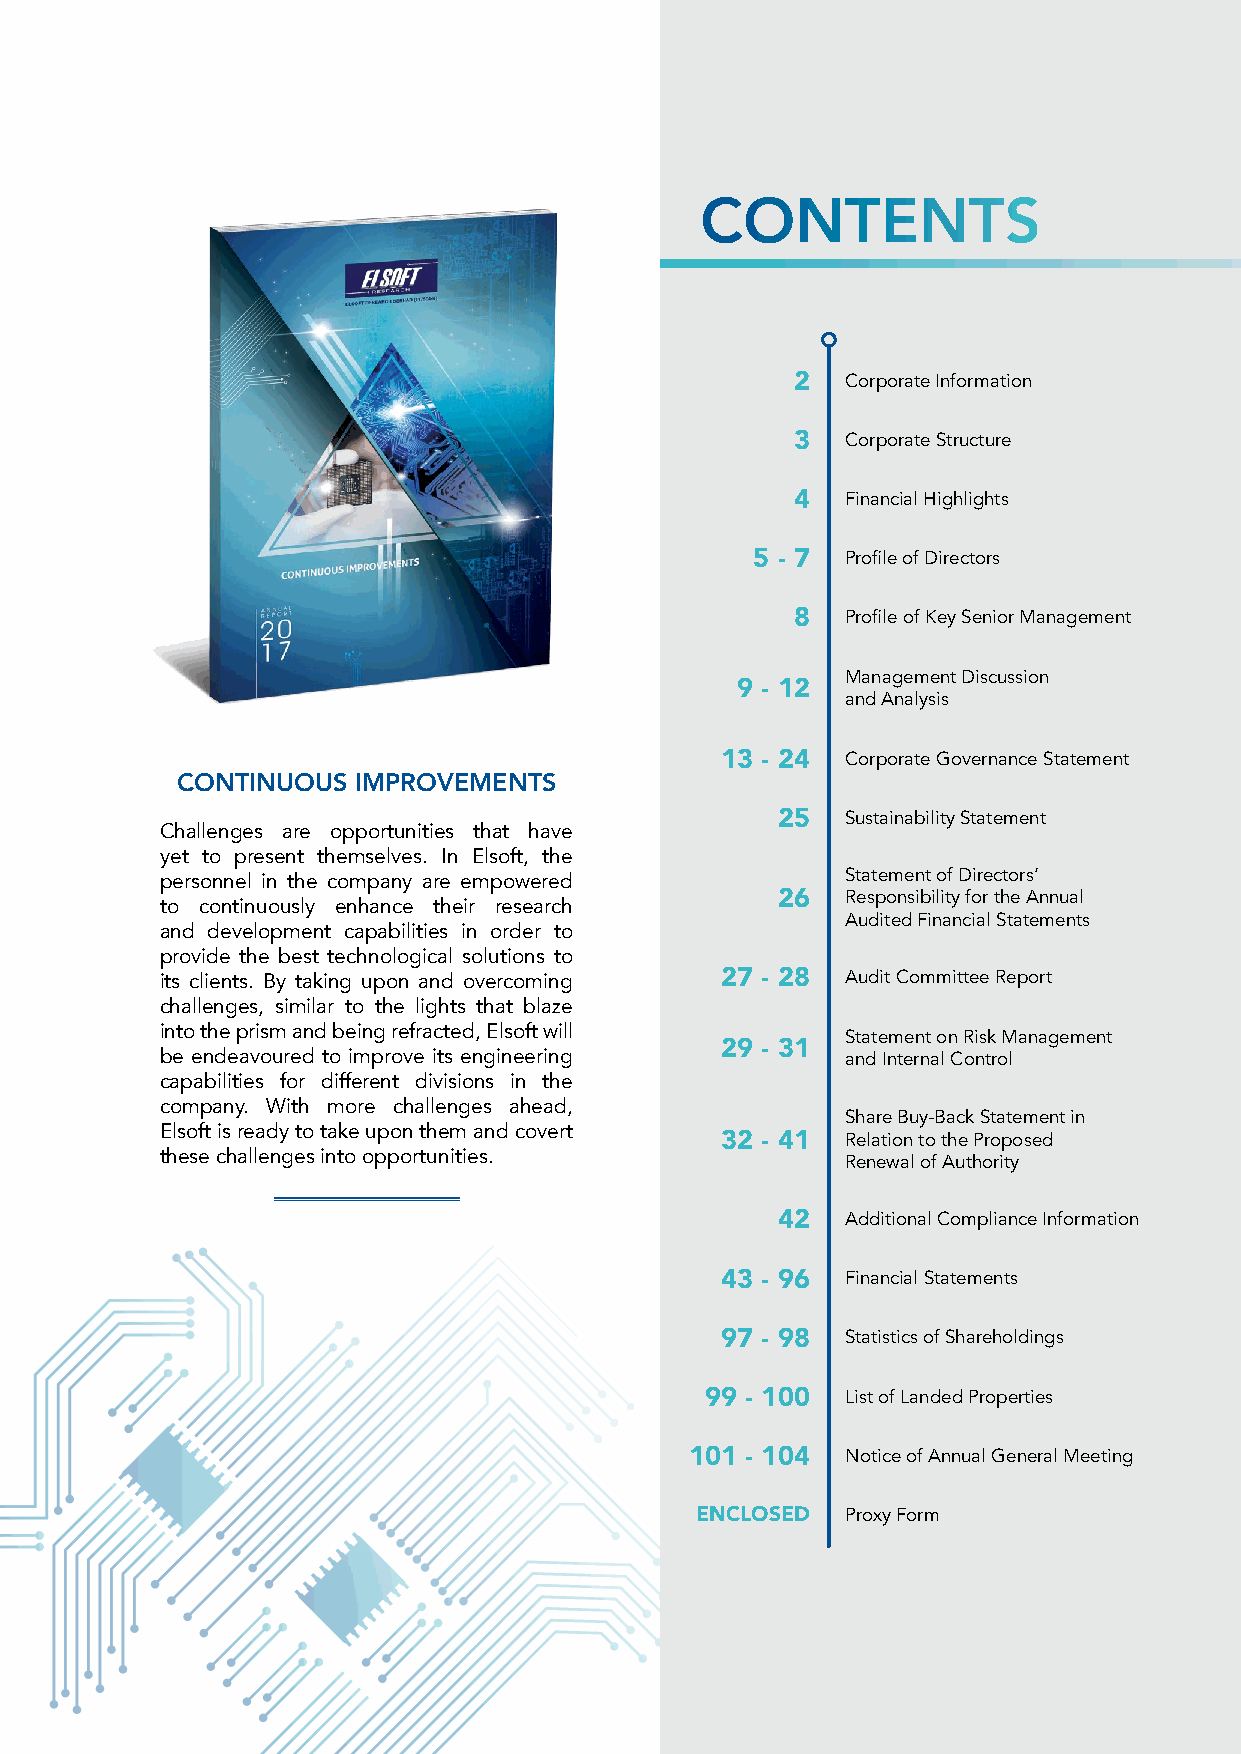
CONTENTS
 2  Corporate Information
 3  Corporate Structure
 4  Financial Highlights
 5 - 7 Profile of Directors
 8  Profile of Key Senior Management
 Management Discussion
 9 - 12
 and Analysis
 13 - 24 Corporate Governance Statement
 CONTINUOUS IMPROVEMENTS
 25   Sustainability Statement
 Challenges are opportunities that have
 yet to present themselves. In Elsoft, the
 personnel in the company are empowered       Statement of Directors’
 26   Responsibility for the Annual
 to continuously enhance their research
 Audited Financial Statements
 and development capabilities in order to
 provide the best technological solutions to
 its clients. By taking upon and overcoming 27 - 28 Audit Committee Report
 challenges, similar to the lights that blaze
 into the prism and being refracted, Elsoft will
 Statement on Risk Management
 29 - 31
 be endeavoured to improve its engineering    and Internal Control
 capabilities for different divisions in the
 company. With more challenges ahead,
 Share Buy-Back Statement in
 Elsoft is ready to take upon them and covert 32 - 41 Relation to the Proposed
 these challenges into opportunities.
 Renewal of Authority
 42   Additional Compliance Information
 43 - 96 Financial Statements
 97 - 98 Statistics of Shareholdings
 99 - 100 List of Landed Properties
 101 - 104 Notice of Annual General Meeting
 ENCLOSED  Proxy Form